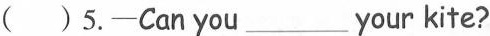
( )5.—Can you___your kite?